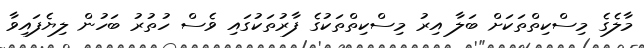
މާލެގެ މިސްކިތްތަކަށް ބަލާ އިރު މިސްކިތްތަކުގެ ފާރުތަކުގައި ވެސް ހުތުރު ބަހުން ލިޔެފައިވާ